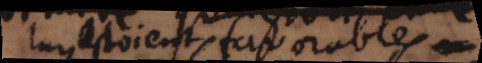
luy estoient favorables